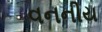
વનનીય